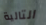
التالية